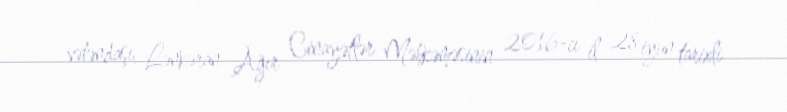
vətəndaşı, Lənkəran Ağır Cinayətlər Məhkəməsinin 2016-cı il 28 iyun tarixli